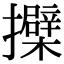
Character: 𢹐